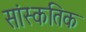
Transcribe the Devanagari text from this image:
सांस्कतिक